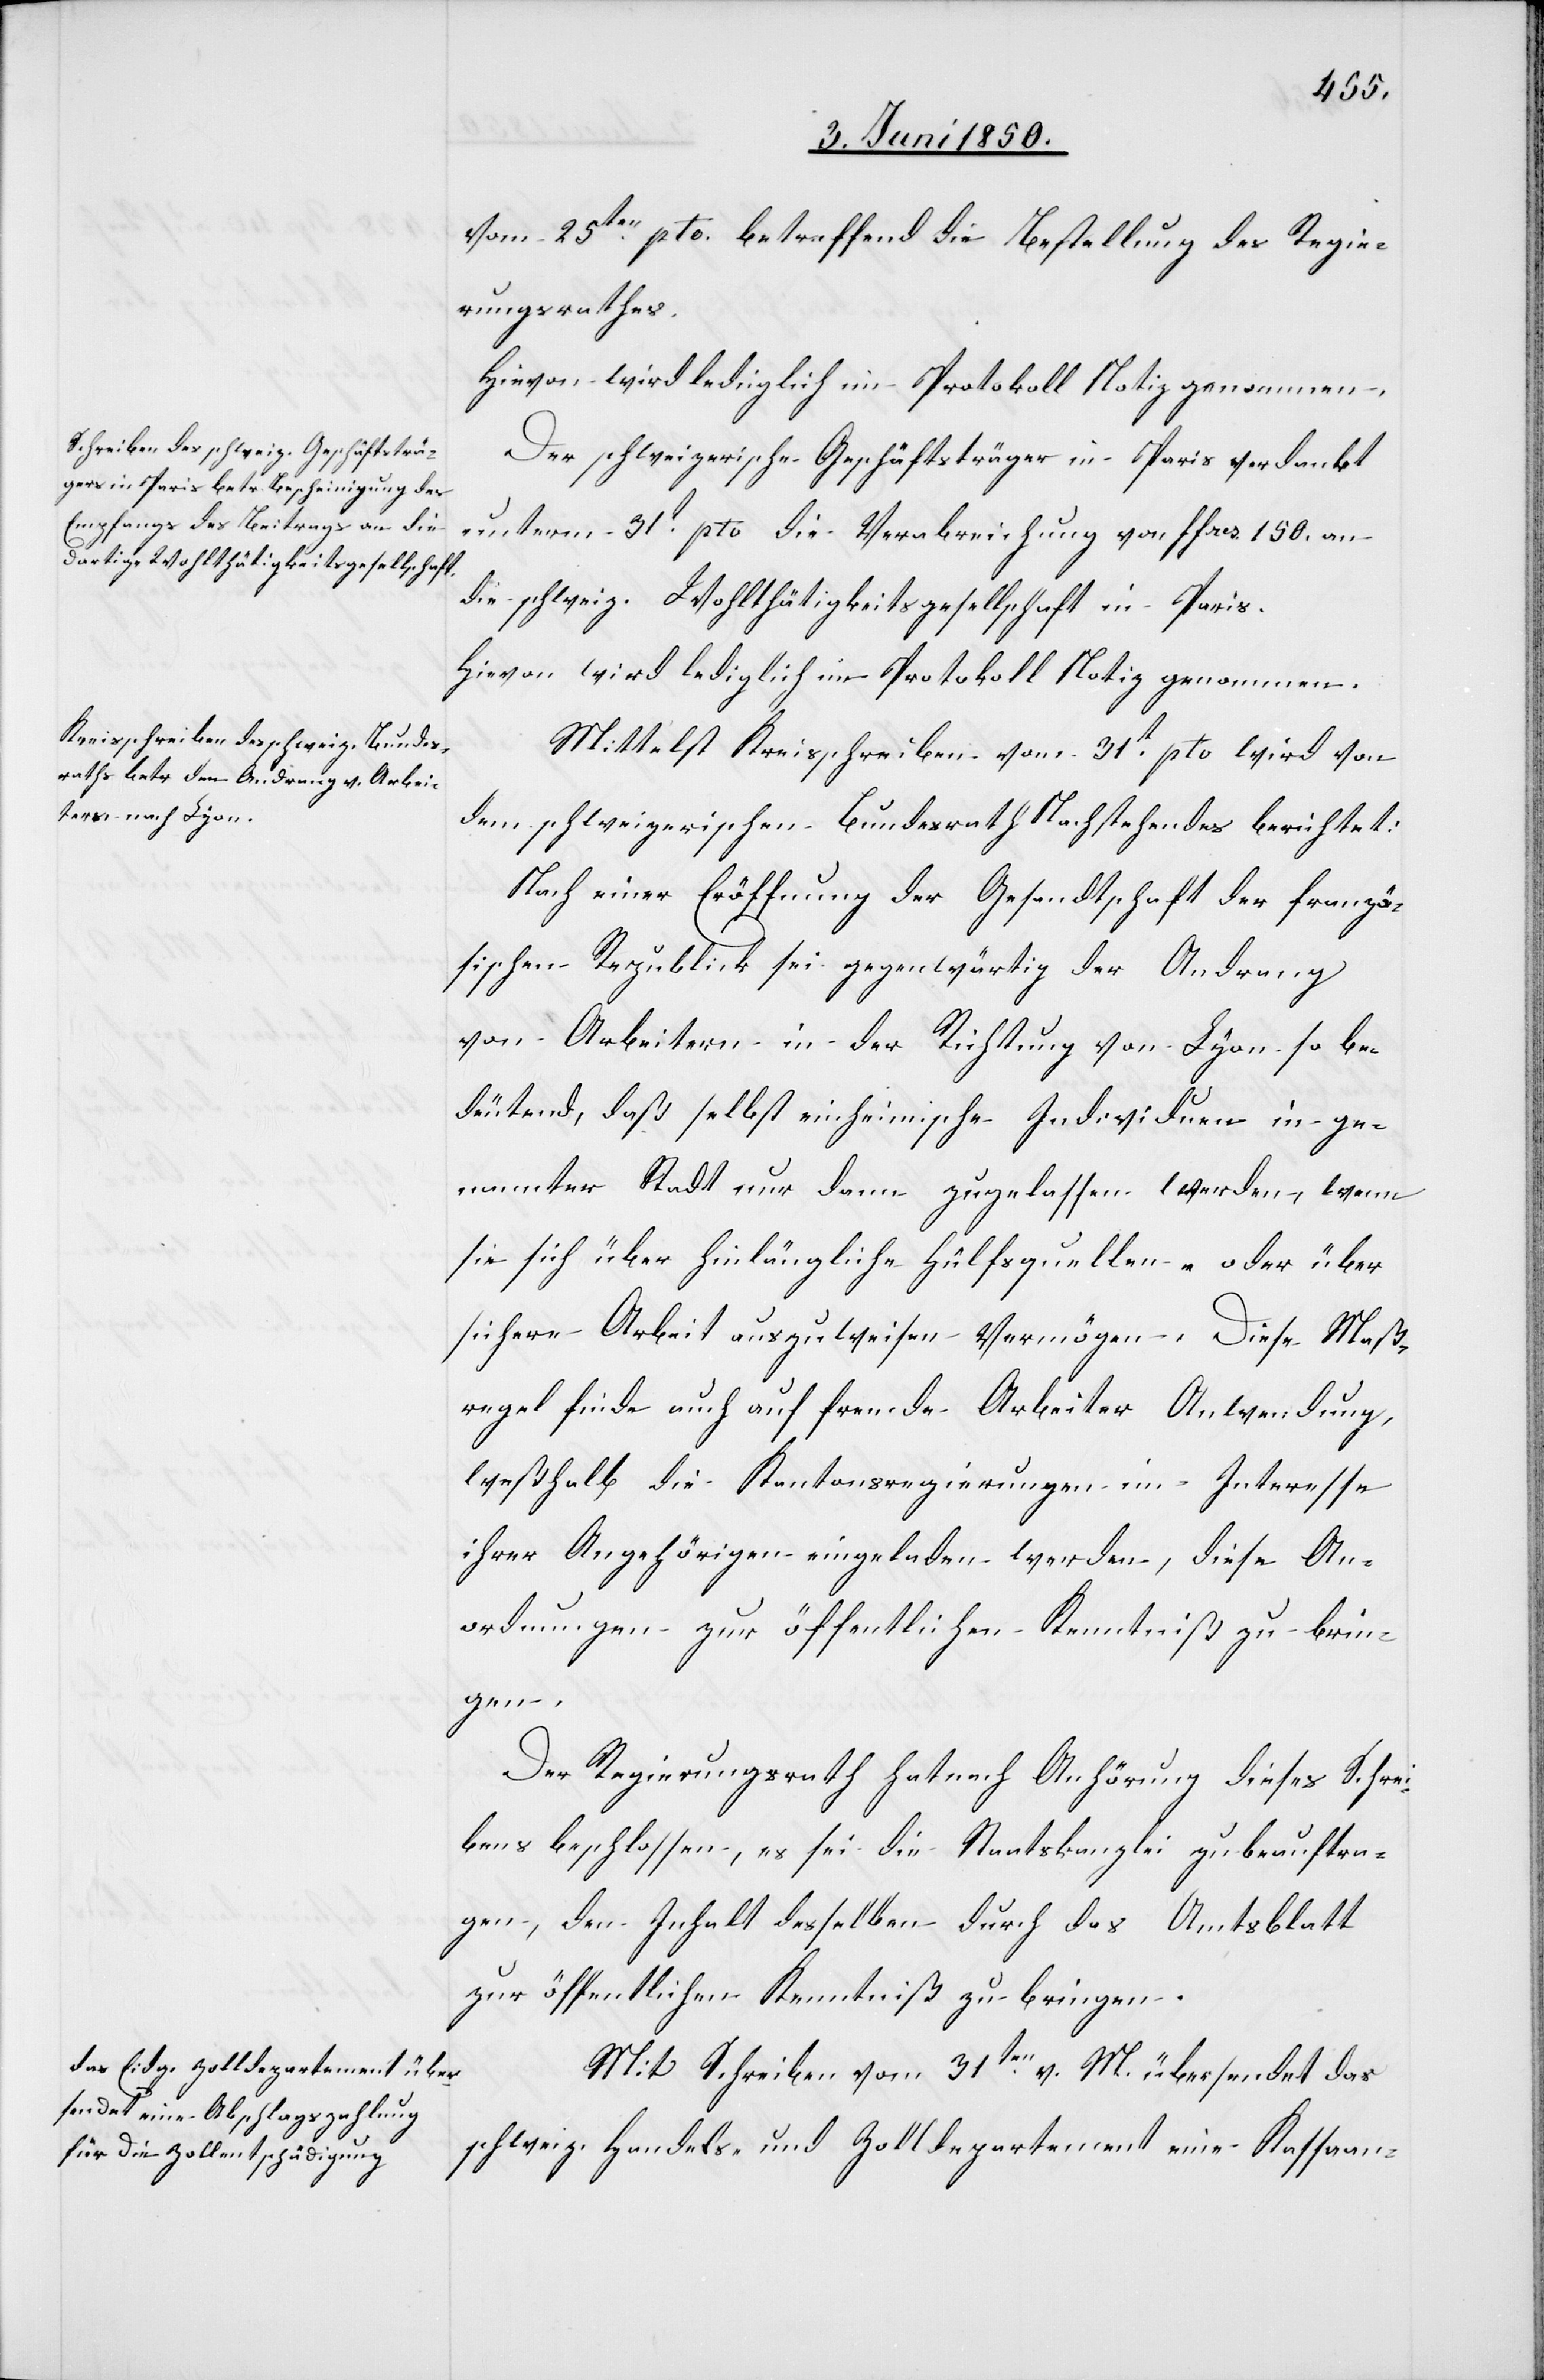
vom 25ten pto. betreffend die Bestellung des Regie¬
rungsrathes.
Hievon wird lediglich im Protokoll Notiz genommen.
Der schweizerische Geschäftsträger in Paris verdankt
unterm 31t pto die Verabreichung von ffres 150. an
die schweiz. Wohlthätigkeitsgesellschaft in Paris.
Hievon wird lediglich im Protokoll Notiz genommen.
Mittelst Kreisschreiben vom 31t pto wird von
dem schweizerischen Bundesrath Nachstehendes berichtet:
Nach einer Eröffnung der Gesandtschaft der franzö¬
sischen Republick sei gegenwärtig der Andrang
von Arbeitern in der Richtung von Lyon so be¬
deutend, daß selbst einheimische Individuen in ge¬
nannter Stadt nur dann zugelassen werden, wenn
sie sich über hinlängliche Hülfsquellen- oder über
sichere Arbeit auszuweisen Vermögen. Diese Maß¬
regel finde auch auf fremde Arbeiter Anwendung,
weßhalb die Kantonsregierungen im Interesse
ihrer Angehörigen eingeladen werden, diese An¬
ordnungen zur öffentlichen Kenntniß zu brin¬
gen.
Der Regierungsrath hat nach Anhörung dieses Schrei¬
bens beschlossen, es sei die Staatskanzlei zu beauftra¬
gen, den Inhalt desselben durch das Amtsblatt
zur öffentlichen Kenntniß zu bringen.
Mit Schreiben vom 31ten v. M. übersendet das
schweiz. Handels- und Zolldepartement eine Kassaan-